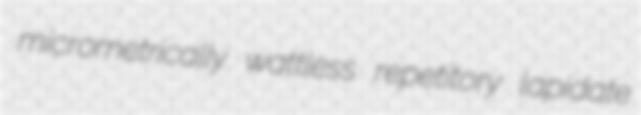
micrometrically wattless repetitory lapidate